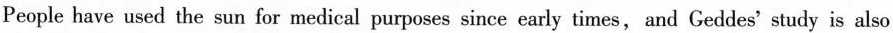
People have used the sun for medical purposes since carly times, and Geddes'study is also